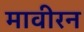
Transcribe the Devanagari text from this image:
मावीरन